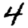
Digit: 4